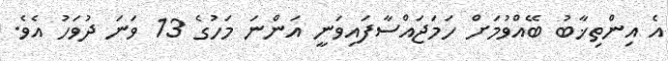
އެ އިންތިޚާބު ބޭއްވުމަށް ހަމަޖައްސާފައިވަނީ އަންނަ މަހުގެ 13 ވަނަ ދުވަހު އެވެ.